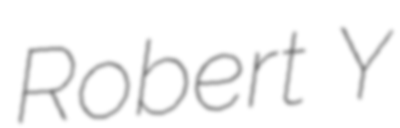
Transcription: Robert Y